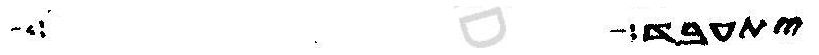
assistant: יתעבד